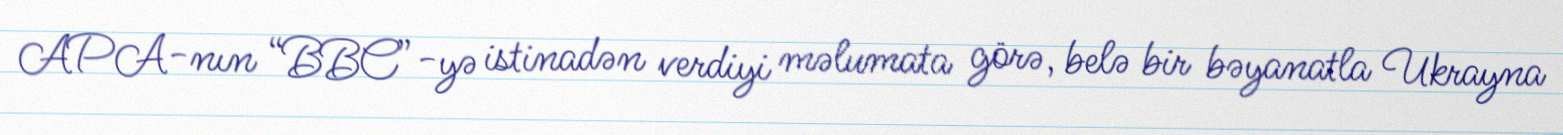
APA-nın “BBC”-yə istinadən verdiyi məlumata görə, belə bir bəyanatla Ukrayna